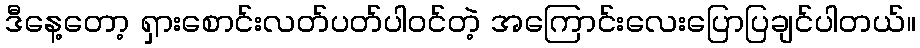
ဒီနေ့တော့ ရှားစောင်းလတ်ပတ်ပါဝင်တဲ့ အကြောင်းလေးပြောပြချင်ပါတယ်။